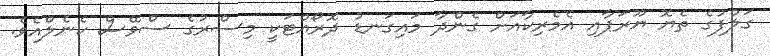
ގަލްފުގެ ތެޔޮ ޔޫރަޕާއި އެމެރިކާއަށް ގެންދާ މައިގަނޑު ދޮރޯއްޓަކީ މިސްރުގެ ސްވޭސް ކެނެލްއެވެ.